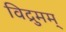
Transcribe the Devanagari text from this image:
विद्रुमम्